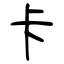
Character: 卡